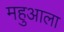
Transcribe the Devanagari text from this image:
महुआला